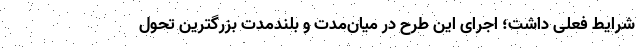
شرایط فعلی داشت؛ اجرای این طرح در میان‌مدت و بلندمدت بزرگترین تحول